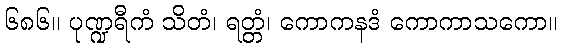
၆၈၆။ ပုဏ္ဍရီကံ သိတံ၊ ရတ္တံ၊ ကောကနဒံ ကောကာသကော။